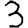
Digit: 3